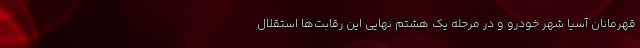
قهرمانان آسیا شهر خودرو و در مرحله یک هشتم نهایی این رقابت‌ها استقلال